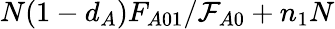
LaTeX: N(1-d_{A})F_{A01}/\mathcal{F}_{A0}+n_{1}N